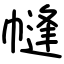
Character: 㡝